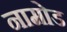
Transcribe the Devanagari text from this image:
नामोड